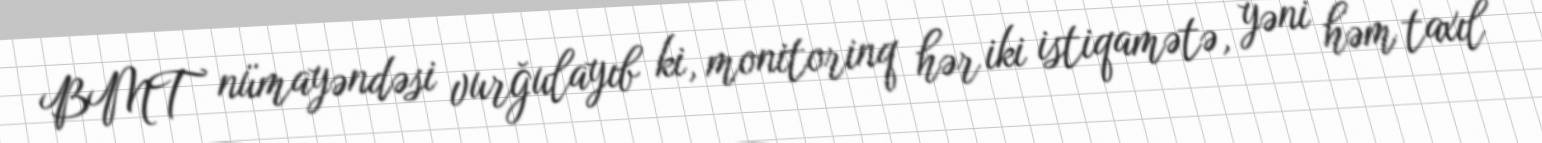
BMT nümayəndəsi vurğulayıb ki, monitorinq hər iki istiqamətə, yəni həm taxıl